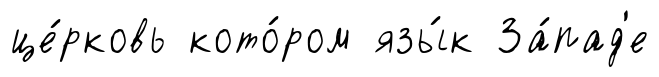
це́рковь кото́ром язы́к За́пад'е